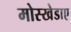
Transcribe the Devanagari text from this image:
मोस्खेडाए